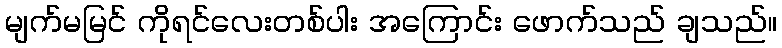
မျက်မမြင် ကိုရင်လေးတစ်ပါး အကြောင်း ဖောက်သည် ချသည်။